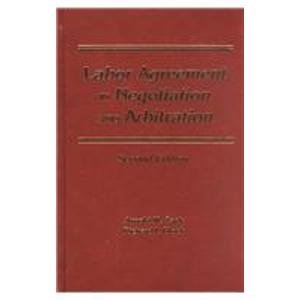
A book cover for Labor Agreement in Negotiation and Arbitration; Arnold M. Zack; Law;